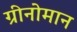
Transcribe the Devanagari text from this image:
ग्रीनोमान